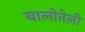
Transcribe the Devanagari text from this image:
बालोतेली